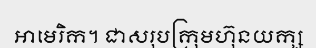
អាមេរិក។ ជាសរុបក្រុមហ៊ុនយក្ស